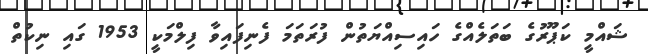
ޝައްމީ ކަޕޫރުގެ ބަތަލެއްގެ ހައިސިއްޔަތުން ފުރަތަމަ ފެނިފައިވާ ފިލްމަކީ 1953 ގައި ނިކުތް